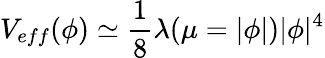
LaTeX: V_{eff}(\phi)\simeq\frac{1}{8}\lambda(\mu=|\phi|)|\phi|^{4}